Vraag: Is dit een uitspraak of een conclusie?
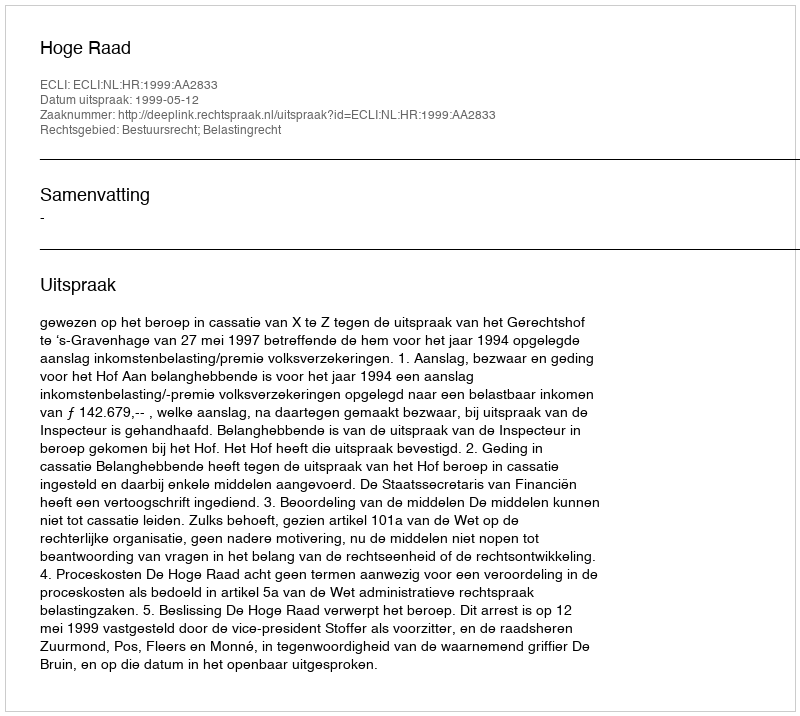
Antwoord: Uitspraak